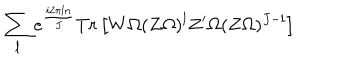
LaTeX: \sum _ { l } e ^ { \frac { i 2 \pi l n } { J } } T r \left[ W \Omega ( Z \Omega ) ^ { l } Z ^ { \prime } \Omega ( Z \Omega ) ^ { J - l } \right]